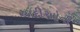
યાદીઓની